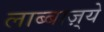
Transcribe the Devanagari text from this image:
लाब्बाज़्ये